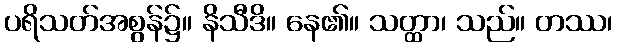
ပရိသတ်အစွန်၌။ နိသီဒိ။ နေ၏။ သတ္ထာ၊ သည်။ တဿ၊